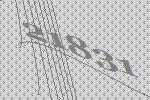
21831